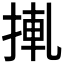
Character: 𢮊